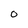
Character: O